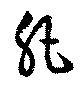
肥